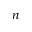
n